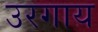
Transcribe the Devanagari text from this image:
उरगाय